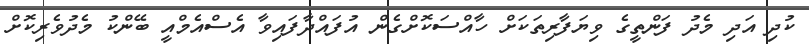
ކުދި އަދި މެދު ފަންތީގެ ވިޔަފާރިތަކަށް ހާއްސަކޮށްގެން އުފައްދާފައިވާ އެސްއެމްއީ ބޭންކު މެދުވެރިކޮށް